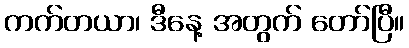
ကက်တယာ၊ ဒီနေ့ အတွက် တော်ပြီ။